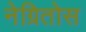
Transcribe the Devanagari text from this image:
नेग्रितोस